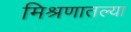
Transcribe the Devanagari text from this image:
मिश्रणातल्या